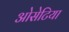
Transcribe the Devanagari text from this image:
ओसेटिया